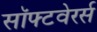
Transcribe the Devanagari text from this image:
सॉफ्टवेरर्स